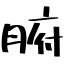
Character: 腑